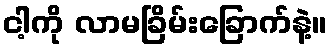
ငါ့ကို လာမခြိမ်းခြောက်နဲ့။